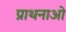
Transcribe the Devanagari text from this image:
प्राथनाओं